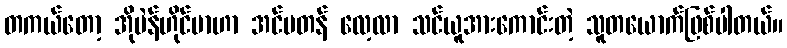
တကယ်တော့ အိုပဲန်ဟိုင်မာဟာ အင်မတန် လေ့လာ သင်ယူအားကောင်းတဲ့ သူတယောက်ဖြစ်ပါတယ်။